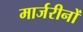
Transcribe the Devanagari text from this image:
मार्जरीनों